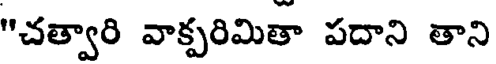
"చత్వారి వాక్పరిమితా పదాని తాని